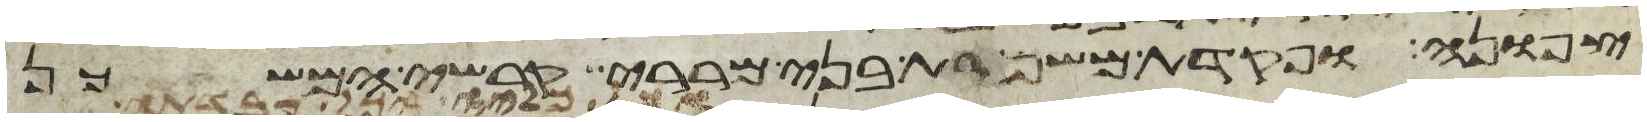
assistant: צפונה ופקדת משמרת בני מררי קרשי המשכן